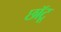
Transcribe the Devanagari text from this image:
छॉटू